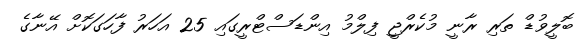
ބޮލީވުޑް ތަރި ރާނީ މުކެރްޖީ ފިލްމު އިންޑަސްޓްރީގައި 25 އަހަރު ފާހަގަކޮށް އޭނާގެ